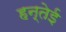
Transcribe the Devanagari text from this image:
हन्तेई